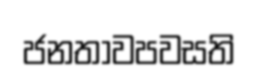
ජනතාවපවසති